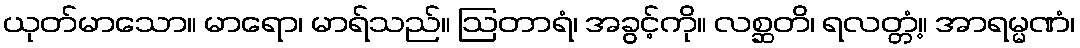
ယုတ်မာသော။ မာရော၊ မာရ်သည်။ ဩတာရံ၊ အခွင့်ကို။ လစ္ဆတိ၊ ရလတ္တံ့။ အာရမ္မဏံ၊